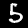
Digit: 5